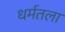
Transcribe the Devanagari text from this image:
धर्मतला